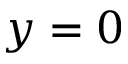
y = 0